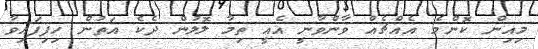
މިއިން ކޮންމެ އެއްޗެއް ވާންވާނީ އެއީ ތިމާ ލޮލުން ދެކެ އަތުން ހިފިފައިވާ